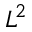
L ^ { 2 }